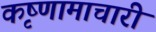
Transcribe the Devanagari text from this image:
कृष्णामाचारी